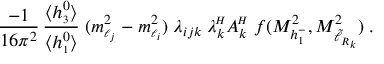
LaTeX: \frac { - 1 } { 1 6 \pi ^ { 2 } } \, \frac { \langle h _ { \scriptscriptstyle 3 } ^ { 0 } \rangle } { \langle h _ { \scriptscriptstyle 1 } ^ { 0 } \rangle } \; ( m _ { \scriptscriptstyle \ell _ { j } } ^ { 2 } - m _ { \scriptscriptstyle \ell _ { i } } ^ { 2 } ) \; \lambda _ { i j k } \; \lambda _ { k } ^ { \! \scriptscriptstyle H } A _ { k } ^ { \! \scriptscriptstyle H } \; f ( M _ { h _ { \scriptscriptstyle 1 } ^ { \mathrm { - } } } ^ { 2 } , M _ { \tilde { \ell } _ { R _ { k } } } ^ { 2 } ) \; .